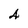
Character: 4